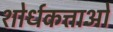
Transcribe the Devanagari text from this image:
शोर्धकत्ताओं